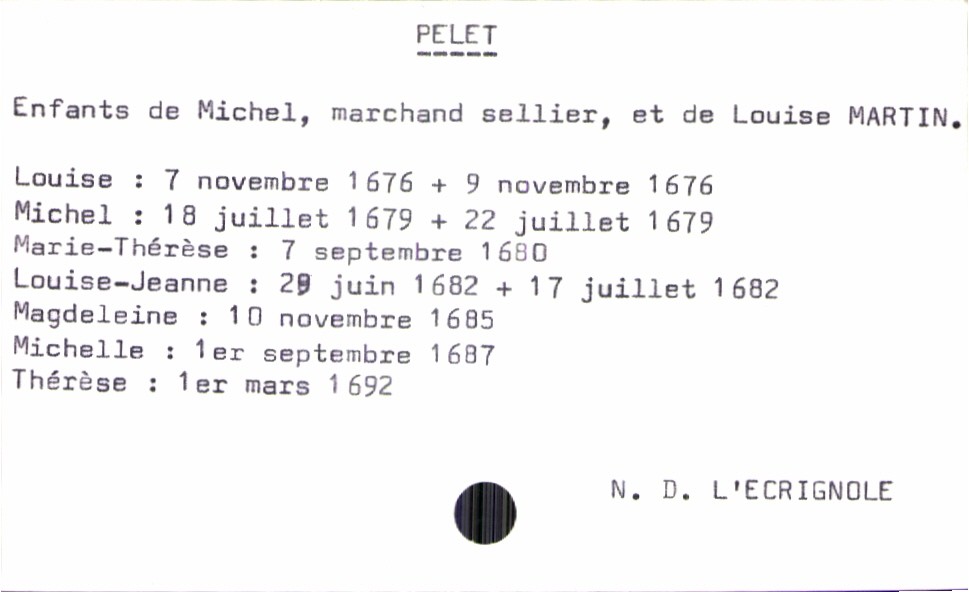
type_acte: Baptême
filiation: fille
enfant_prénom: Thérèse
enfant_date_de_naissance: 1er mars 1692
enfant_lieu_de_naissance: Notre Dame L'Ecrignole
enfant_date_de_décès: 17 juillet 1682
enfant_lieu_de_décès: Notre Dame L'Ecrignole
père_enfant_nom: Pelet
père_enfant_prénom: Michel
père_enfant_profession: marchand sellier
mère_enfant_nom: Martin
mère_enfant_prénom: Louise